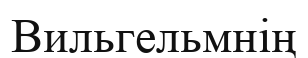
Вильгельмнің